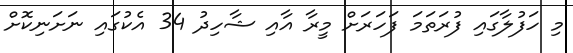
މި ހަފުލާގައި ފުރަތަމަ ފަހަރަށް މީރާ އާއި ޝާހިދު 34 އެކުގައި ނަށަނިކޮށް